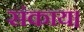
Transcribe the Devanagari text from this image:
संकाय।